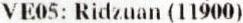
VE05: RIDZUAN (11900)